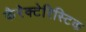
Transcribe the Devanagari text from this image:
कैरेक्टेरिस्टिक